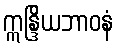
ဣန္ဒြိယဘာဝနံ